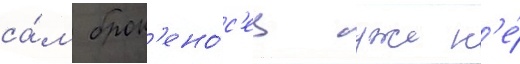
са́м брон'ено́с'ец уже н'е́